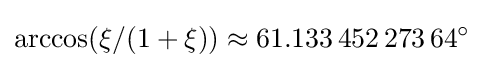
\arccos(\xi /(1+\xi ))\approx 61.133\,452\,273\,64^{\circ }